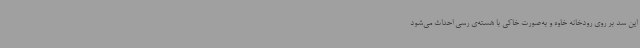
این سد بر روی رودخانه خاوه و به‌صورت خاکی با هسته‌ی رسی احداث می‌شود